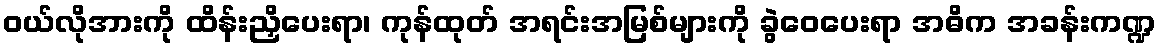
ဝယ်လိုအားကို ထိန်းညှိပေးရာ၊ ကုန်ထုတ် အရင်းအမြစ်များကို ခွဲဝေပေးရာ အဓိက အခန်းကဏ္ဍ